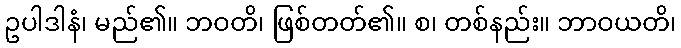
ဥပါဒါနံ၊ မည်၏။ ဘဝတိ၊ ဖြစ်တတ်၏။ စ၊ တစ်နည်း။ ဘာဝယတိ၊